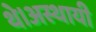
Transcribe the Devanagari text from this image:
थे।अस्थायी